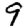
Digit: 9